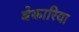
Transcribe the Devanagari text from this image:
बेकारिया